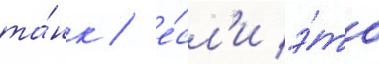
та́нк / е́сл'и э́то